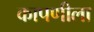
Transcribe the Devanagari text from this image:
कापणीला